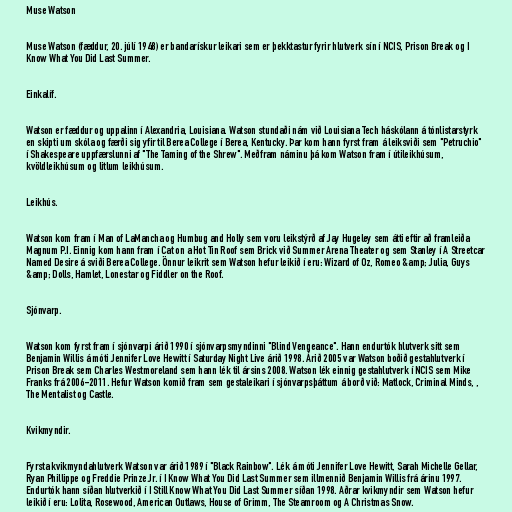
Muse Watson

Muse Watson (fæddur, 20. júlí 1948) er bandarískur leikari sem er þekktastur fyrir hlutverk sín í NCIS, Prison Break og I
Know What You Did Last Summer.

Einkalíf.

Watson er fæddur og uppalinn í Alexandria, Louisiana. Watson stundaði nám við Louisiana Tech háskólann á tónlistarstyrk
en skipti um skóla og færði sig yfir til Berea College í Berea, Kentucky. Þar kom hann fyrst fram á leiksviði sem "Petruchio"
í Shakespeare uppfærslunni af "The Taming of the Shrew". Meðfram náminu þá kom Watson fram í útileikhúsum,
kvöldleikhúsum og litlum leikhúsum.

Leikhús.

Watson kom fram í Man of LaMancha og Humbug and Holly sem voru leikstýrð af Jay Hugeley sem átti eftir að framleiða
Magnum P.I. Einnig kom hann fram í Cat on a Hot Tin Roof sem Brick við Summer Arena Theater og sem Stanley í A Streetcar
Named Desire á sviði Berea College. Önnur leikrit sem Watson hefur leikið í eru: Wizard of Oz, Romeo &amp; Julia, Guys
&amp; Dolls, Hamlet, Lonestar og Fiddler on the Roof.

Sjónvarp.

Watson kom fyrst fram í sjónvarpi árið 1990 í sjónvarpsmyndinni "Blind Vengeance". Hann endurtók hlutverk sitt sem
Benjamin Willis á móti Jennifer Love Hewitt í Saturday Night Live árið 1998. Árið 2005 var Watson boðið gestahlutverk í
Prison Break sem Charles Westmoreland sem hann lék til ársins 2008. Watson lék einnig gestahlutverk í NCIS sem Mike
Franks frá 2006-2011. Hefur Watson komið fram sem gestaleikari í sjónvarpsþáttum á borð við: Matlock, Criminal Minds, ,
The Mentalist og Castle.

Kvikmyndir.

Fyrsta kvikmyndahlutverk Watson var árið 1989 í "Black Rainbow". Lék á móti Jennifer Love Hewitt, Sarah Michelle Gellar,
Ryan Phillippe og Freddie Prinze Jr. í I Know What You Did Last Summer sem illmennið Benjamin Willis frá árinu 1997.
Endurtók hann síðan hlutverkið í I Still Know What You Did Last Summer síðan 1998. Aðrar kvikmyndir sem Watson hefur
leikið í eru: Lolita, Rosewood, American Outlaws, House of Grimm, The Steamroom og A Christmas Snow.